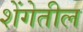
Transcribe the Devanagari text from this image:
शेंगेतील